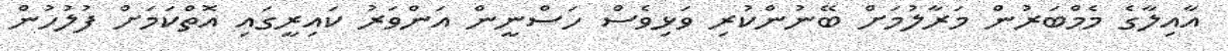
އާއިލާގެ މެމްބަރުން މަރާލުމަށް ބޭނުންކުރި ވަޅިވެސް ހަސްނީން އަންވަރު ކައިރީގައި އޮތްކަމަށް ފުލުހުން